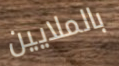
بالملايين